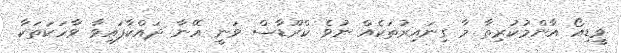
ވީޑިއޯ އާންމުކުރިތާ މާ ގިނައިރުތަކެއް ނުވެ ކްރޫޑާސް ވަނީ އޭނާ ދައްކާފައިވާ ވާހަކަތަކާ